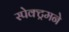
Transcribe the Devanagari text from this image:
स्पेक्ट्रमने